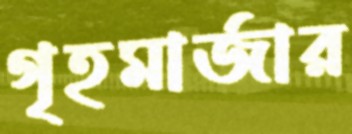
গৃহমার্জার